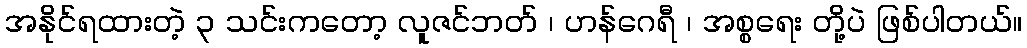
အနိုင်ရထားတဲ့ ၃ သင်းကတော့ လူဇင်ဘတ် ၊ ဟန်ဂေရီ ၊ အစ္စရေး တို့ပဲ ဖြစ်ပါတယ်။